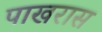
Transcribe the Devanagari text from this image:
पाखरास